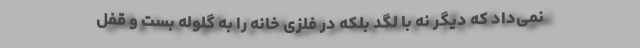
نمی‌داد که دیگر نه با لگد بلکه در فلزی خانه را به گلوله بست و قفل